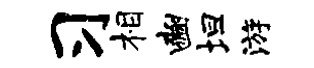
习相豳坦游